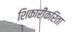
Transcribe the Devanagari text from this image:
शिकारींकरिता